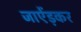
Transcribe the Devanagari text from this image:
जाऐंड़कर